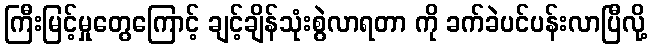
ကြီးမြင့်မှုတွေကြောင့် ချင့်ချိန်သုံးစွဲလာရတာ ကို ခက်ခဲပင်ပန်းလာပြီလို့